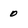
Character: 0